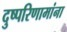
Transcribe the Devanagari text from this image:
दुष्परिणामांना